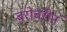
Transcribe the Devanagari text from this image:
बरोबरीनं